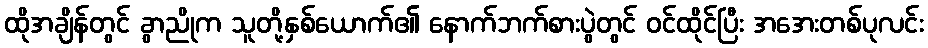
ထိုအချိန်တွင် ခွာညိုက သူတို့နှစ်ယောက်၏ နောက်ဘက်စားပွဲတွင် ဝင်ထိုင်ပြီး အအေးတစ်ပုလင်း